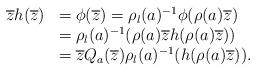
LaTeX: \begin{align*}\begin{array}{rl}\overline{z} h(\overline{z}) & = \phi(\overline{z}) = \rho_l(a)^{-1}\phi(\rho(a)\overline{z}) \\ & = \rho_l(a)^{-1}(\rho(a)\overline{z} h(\rho(a)\overline{z})) \\& = \overline{z} Q_a(\overline{z}) \rho_l(a)^{-1} (h (\rho(a)\overline{z})).\end{array}\end{align*}